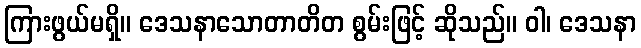
ကြားဖွယ်မရှိ။ ဒေသနာသောတာတိတ စွမ်းဖြင့် ဆိုသည်။ ဝါ၊ ဒေသနာ